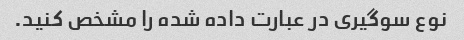
نوع سوگیری در عبارت داده شده را مشخص کنید.